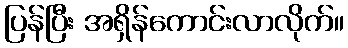
ပြန်ပြီး အရှိန်ကောင်းလာလိုက်။